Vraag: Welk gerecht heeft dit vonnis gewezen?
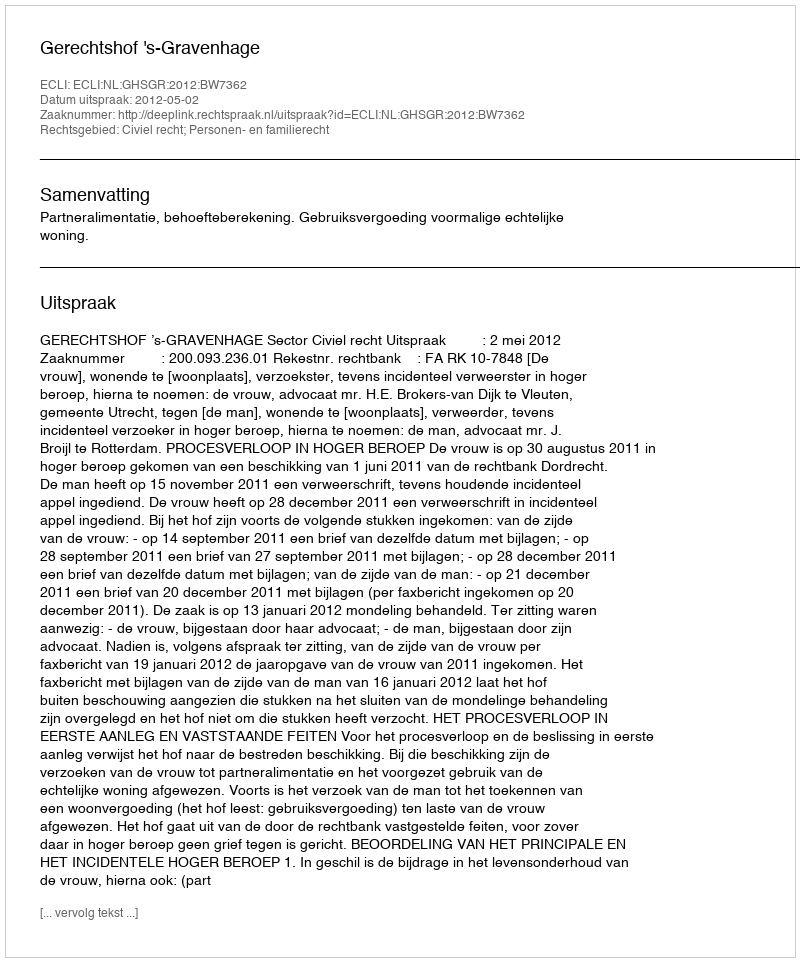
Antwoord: Gerechtshof 's-Gravenhage